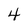
Character: 4